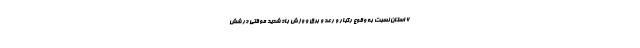
۶ استان نسبت به وقوع رگبار و رعد و برق و وزش باد شدید موقتی در شش